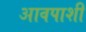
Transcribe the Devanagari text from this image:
आवपाशी